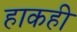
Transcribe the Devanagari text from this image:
हाकही